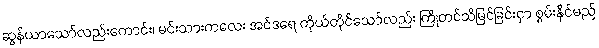
ဆွန်ယာသော်လည်းကောင်း၊ မင်းသားကလေး အင်ဒရေ ကိုယ်တိုင်သော်လည်း ကြိုတင်သိမြင်ခြင်းငှာ စွမ်းနိုင်မည်